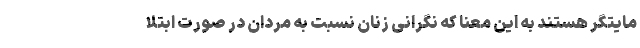
مایتگر هستند به این معنا که نگرانی زنان نسبت به مردان در صورت ابتلا